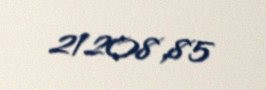
21208,85